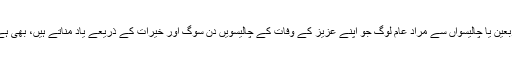
اربعین یا چالیسواں سے مراد عام لوگ جو اپنے عزیز کے وفات کے چالیسویں دن سوگ اور خیرات کے ذریعے یاد مناتے ہیں، بھی ہے۔